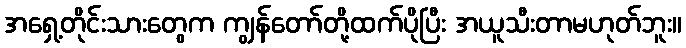
အရှေ့တိုင်းသားတွေက ကျွန်တော်တို့ထက်ပိုပြီး အယူသီးတာမဟုတ်ဘူး။